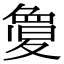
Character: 𭐬